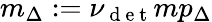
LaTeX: m_{\Delta}:=\nu_{\mathrm{~d~e~t~}}mp_{\Delta}